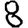
Digit: 8